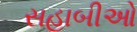
સહાબીઓ